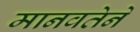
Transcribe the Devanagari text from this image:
मानवतेने